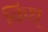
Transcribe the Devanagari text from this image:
किश्